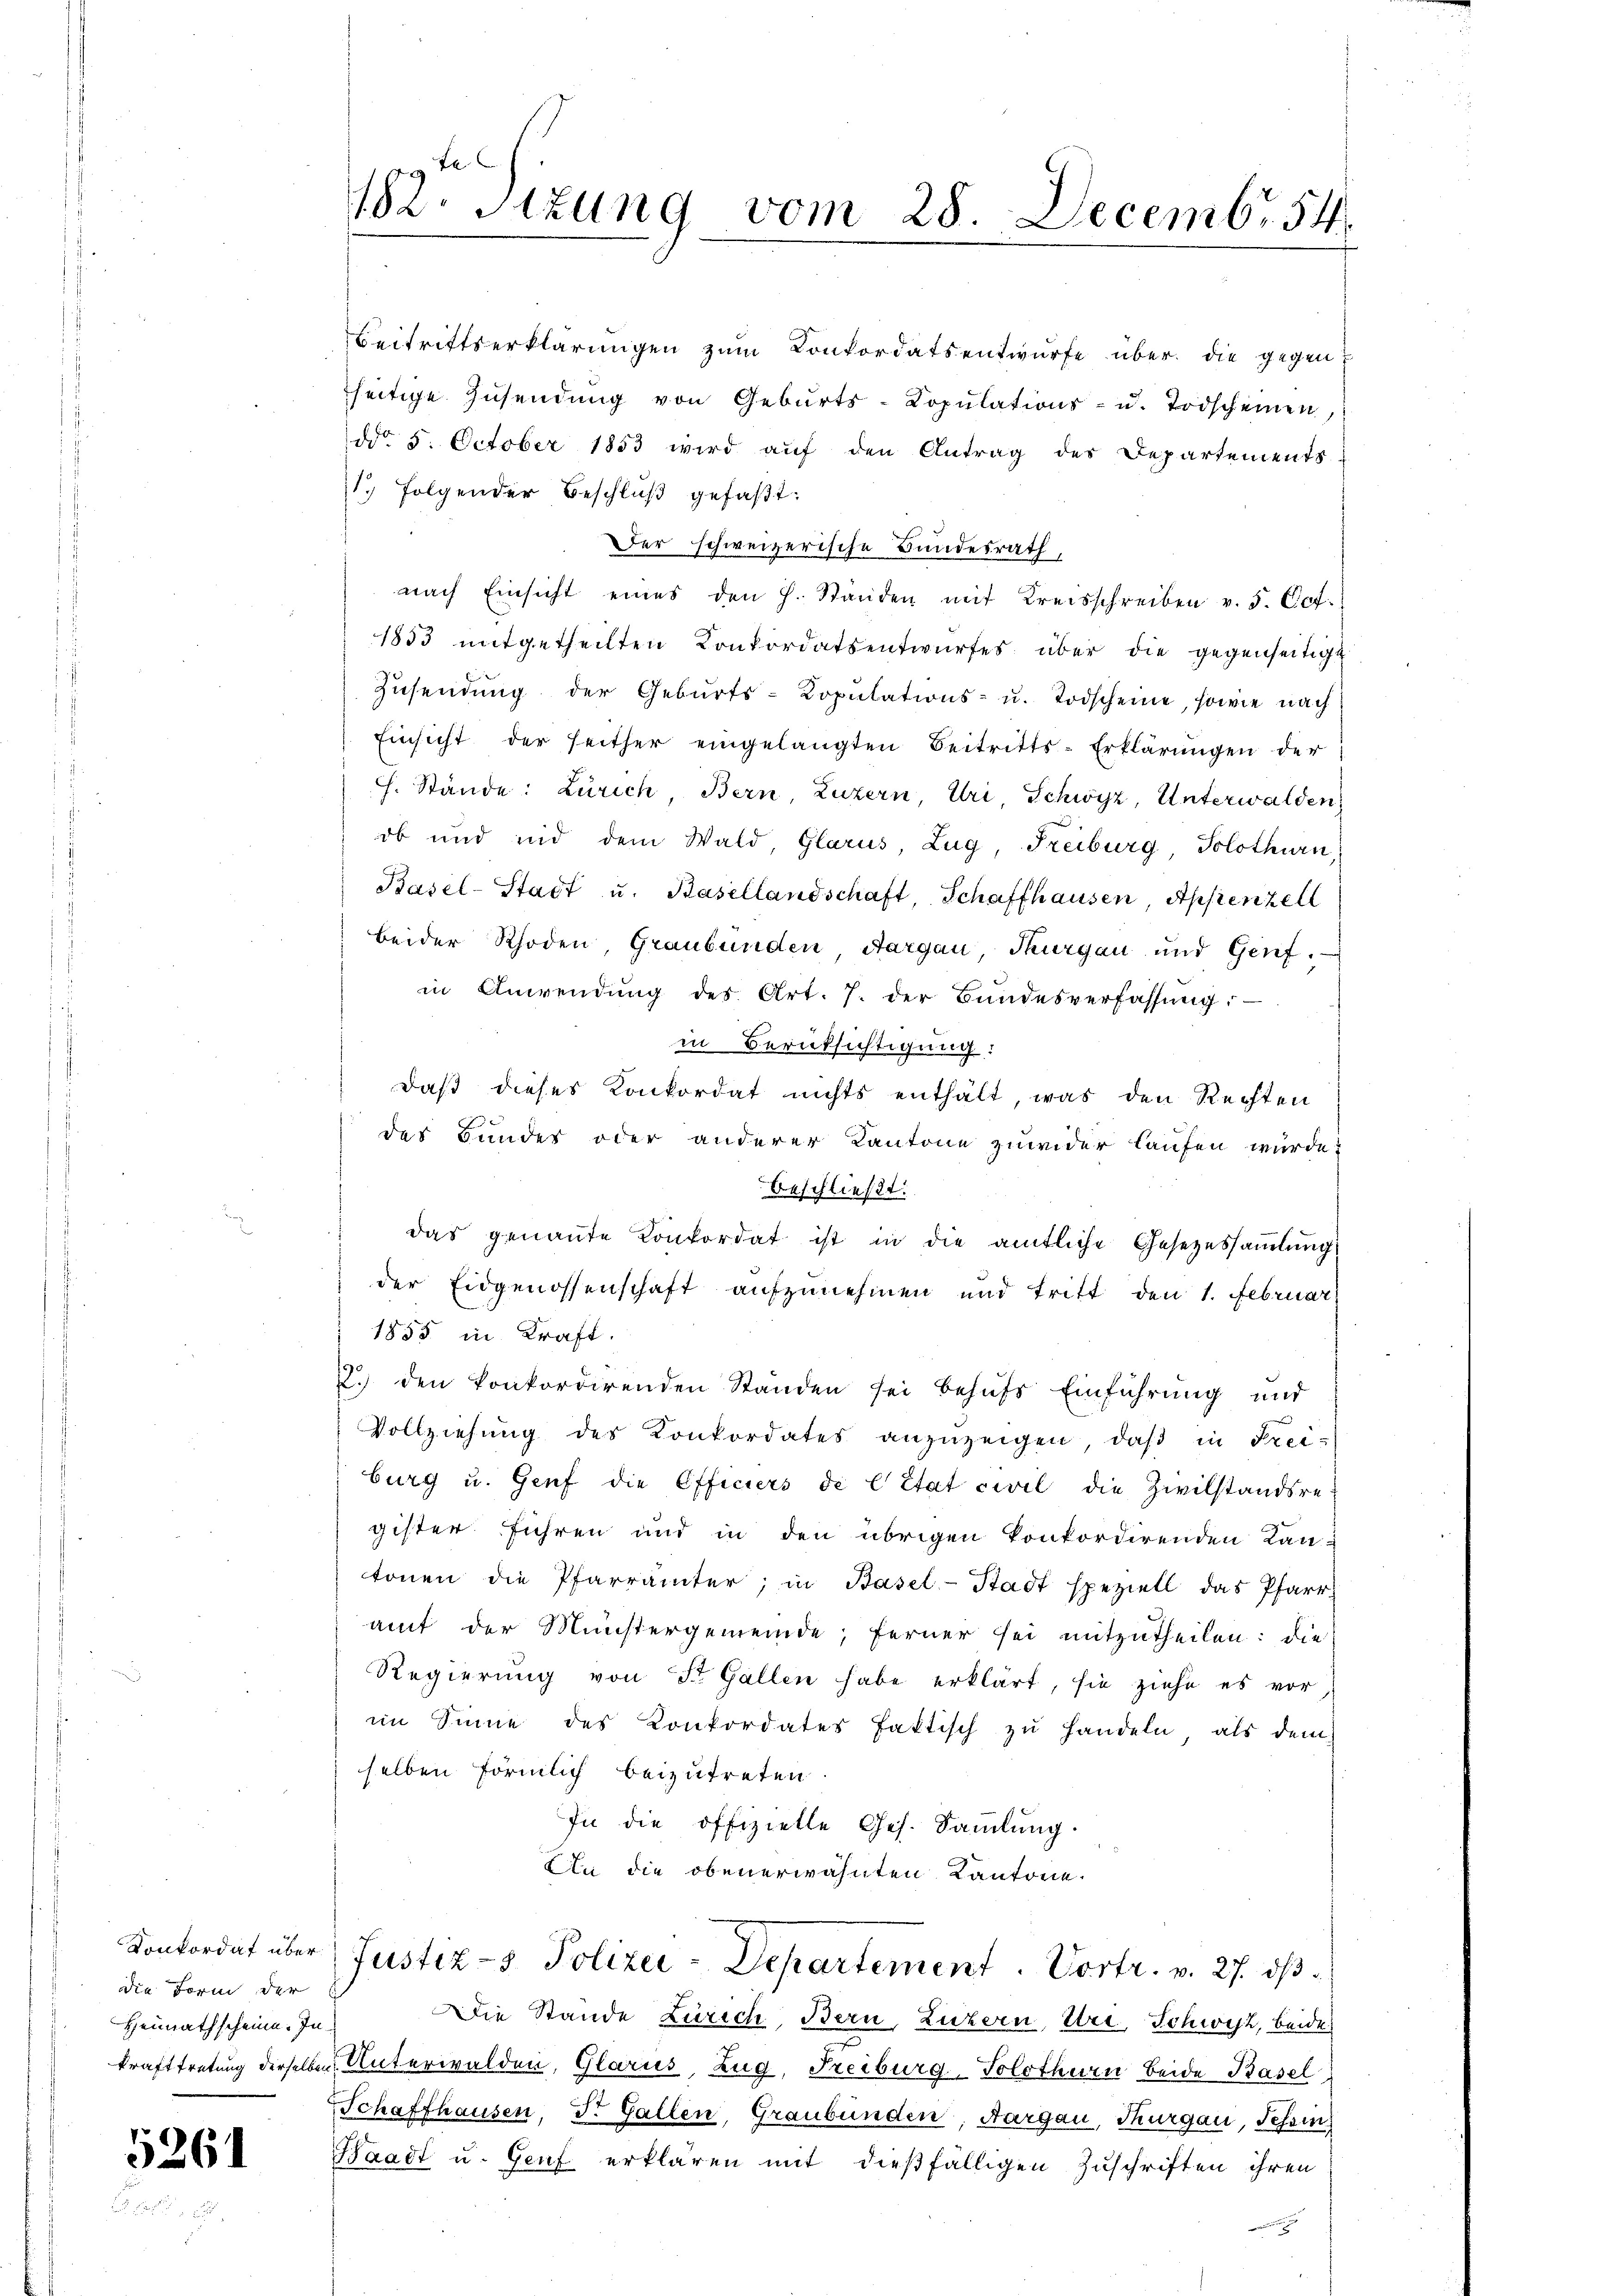
die Form der
Heimathscheine. In

5261

seitige Zŭsendŭng von Gebŭrts-Copŭlations- u. Todscheinen,
ddo 5. October 1853 wird auf den Antrag des Departements
1 folgender Beschluß gefaßt:
Der schweizerische Bundesrath,
nach Einsicht eines den h. Ständen mit Kreisschreiben v. 5. Oct.
1833 mitgetheilten Konkordatsentwurfes über die gegenseitigt
Zŭsendung der Geburts-Copŭlations- u. Todscheine, sowie nach
Einsicht der seither eingelangten Beitritts-Erklärŭngen der
h. Stände: Zürich, Bern, Luzern, Uri, Schwyz, Unterwalden
ob und und dem Wald, Glarus, Zug, Freiburg Solothurn,
Basel-Stadt u. Basellandschaft, Schaffhausen, Appenzell
beider Rhoden, Graubünden, Aargau, Thurgau und Genf.
in Anwendung des Art. 7. der Bundesverfassŭng.
in Berüksichtigung:
daß dieses Konkordat nichts enthält, was den Rechten
des Bundes oder anderer Kantone zuwider laufen würde?
beschließt:
das genannte Konkordat ist in die amtliche Gesetzessaṁlŭng
der Eidgenossenschaft aufzunehmen und tritt den 1. Februar
1855 in Kraft.
2. den konkordirenden Ständen sei behŭfs Einführung und
Vollziehung des Konkordates anzuzeigen, daβ in Frei-
burg u. Genf die Officiers de l’Etat civil die Zivilstandsre
gister führen und in den übrigen konkordirenden Kan-
tonen die Pfarrämter, in Basel-Stadt speziell das Pfarr
amt der Münstergemeinde; ferner sei mitzutheilen: die
Regierung von St. Gallen habe erklärt, sie ziehe es vor
im Sinne des Konkordates faktisch zŭ handeln, als dem
selben förmlich beizutreten
In die offizielle Ges. Sammlung.
An die obenerwähnten Kantone.
Konkordat über Justiz- & Polizei-Departement. Vortr. v. 27. dβ.
Die Stande Zürich, Bern, Luzern, Uri, Schwyz, beide
krafttretung derselben Unterwalden, Glarus, Zug, Freiburg-Solothurn beide Basel
Schaffhausen, Dr. Gallen, Graubünden, Aargau, Thurgau, Schin
Waadt u. Genf erklären mit dießfälligen Zuschriften ihren
aeren einen

182. Sizung vom 28. Decemb. 54

Beitrittserklärungen zum Konkordatsentwurfe über die gegen